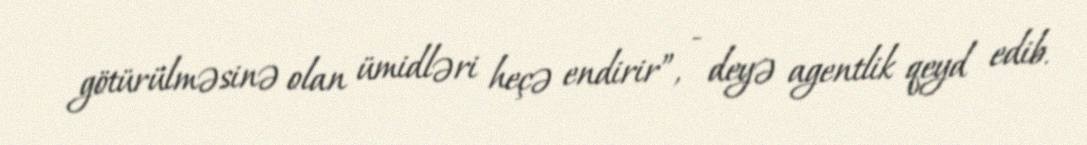
götürülməsinə olan ümidləri heçə endirir”, - deyə agentlik qeyd edib.